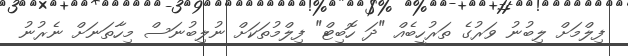
ފިލްމަށް ލިބުނު ވަރުގެ ތަރުހީބެއް "ދަ ހޮބިޓް" ފިލްމުތަކަށް ނުލިބުނަސް މިހާތަނަށް ނެރުނު